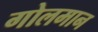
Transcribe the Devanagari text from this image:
गोलमान